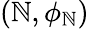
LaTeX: (\mathbb{N},\phi_{\mathbb{N}})